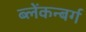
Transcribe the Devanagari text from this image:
ब्लेंकन्बर्ग